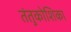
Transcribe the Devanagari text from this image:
तंतुकोशिका